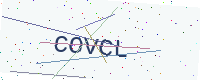
Text: COVCL